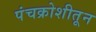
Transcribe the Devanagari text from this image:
पंचक्रोशीतून